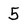
Character: 5